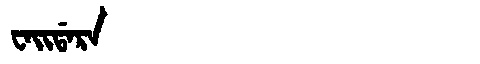
Manchu: ᠸᠠᡳᡩᠠᡵᠠ
Romanization: WAIDARA